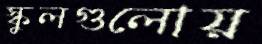
স্কুলগুলোয়